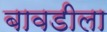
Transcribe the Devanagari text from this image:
बावडीला